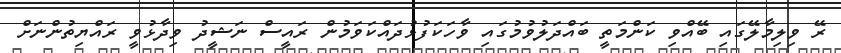
ރޭ ވިލިމާލޭގައި ބޭއްވި ކަންމަތީ ބައްދަލުވުމުގައި ވާހަކަފުޅުދައްކަވަމުން ރައީސް ނަޝީދު ވިދާޅުވީ ރައްޔިތުންނަށް